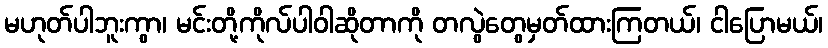
မဟုတ်ပါဘူးကွာ၊ မင်းတို့ကိုလ်ပါဝါဆိုတာကို တလွဲတွေမှတ်ထားကြတယ်၊ ငါပြောမယ်၊